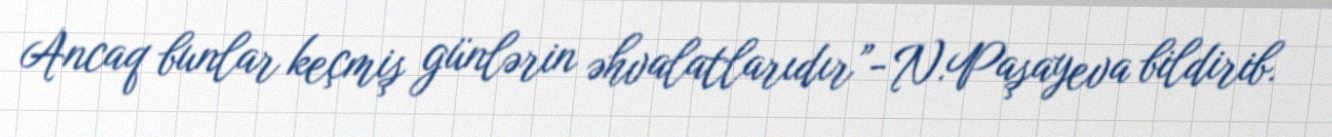
Ancaq bunlar keçmiş günlərin əhvalatlarıdır”- N.Paşayeva bildirib.